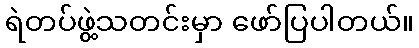
ရဲတပ်ဖွဲ့သတင်းမှာ ဖော်ပြပါတယ်။